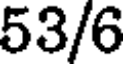
53/6